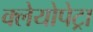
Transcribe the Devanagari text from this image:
क्लेयोपेट्रा